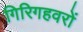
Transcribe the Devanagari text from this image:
गिरिगहवरों